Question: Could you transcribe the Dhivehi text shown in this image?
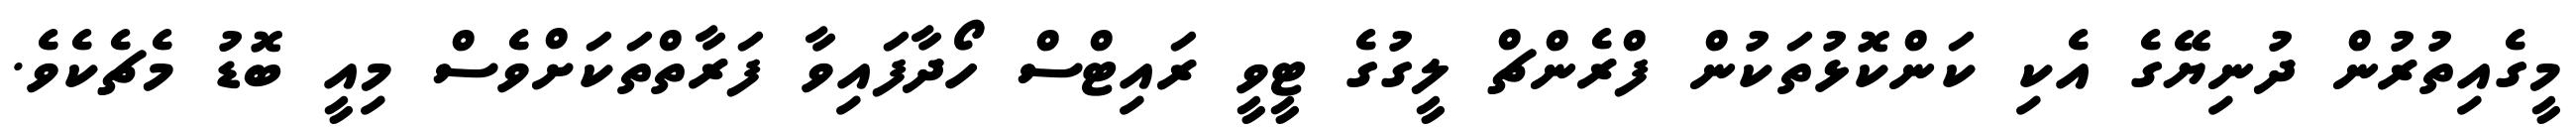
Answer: މީގެއިތުރުން ދުނިޔޭގެ އެކި ކަންކޮޅުތަކުން ފްރެންޗް ލީގުގެ ޓީވީ ރައިޓްސް ހޯދާފައިވާ ފަރާތްތަކަށްވެސް މިއީ ބޮޑު މެޗެކެވެ.